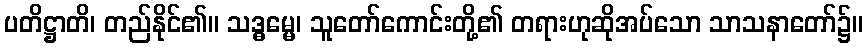
ပတိဋ္ဌာတိ၊ တည်နိုင်၏။ သဒ္ဓမ္မေ၊ သူတော်ကောင်းတို့၏ တရားဟုဆိုအပ်သော သာသနာတော်၌။